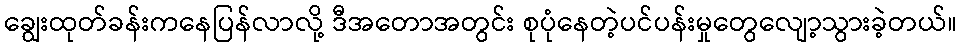
ချွေးထုတ်ခန်းကနေပြန်လာလို့ ဒီအတောအတွင်း စုပုံနေတဲ့ပင်ပန်းမှုတွေလျော့သွားခဲ့တယ်။